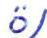
ö/